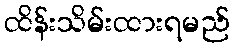
ထိန်းသိမ်းထားရမည်